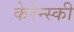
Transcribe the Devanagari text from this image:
केरेन्स्की